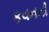
કવનની